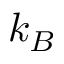
k _ { B }